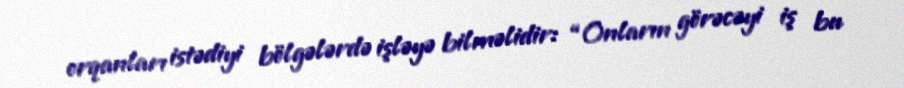
orqanları istədiyi bölgələrdə işləyə bilməlidir: “Onların görəcəyi iş bu